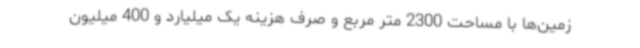
زمین‌ها با مساحت 2300 متر مربع و صرف هزینه یک میلیارد و 400 میلیون